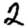
Digit: 2